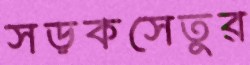
সড়কসেতুর